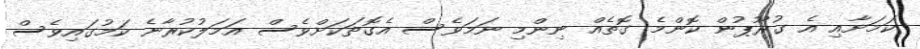
ކަމަށާއި އެ ގުރޫޕުން ކޮންމެ ގޮތެއް ނިންމި ނަމަވެސް އެގޮތަކަށްވެސް އަމަލުކުރާނެ ކަމުގައިވެސް